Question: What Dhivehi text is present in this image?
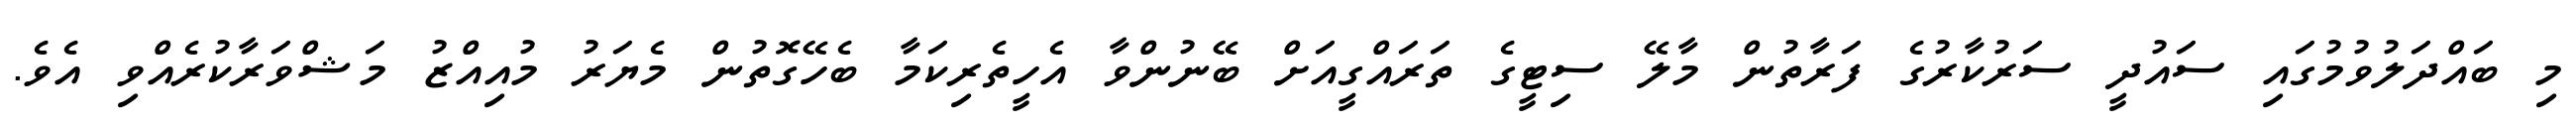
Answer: މި ބައްދަލުވުމުގައި ސައުދީ ސަރުކާރުގެ ފަރާތުން މާލޭ ސިޓީގެ ތަރައްގީއަށް ބޭނުންވާ އެހީތެރިކަމާ ބެހޭގޮތުން މެޔަރު މުއިއްޒު މަޝްވަރާކުރެއްވި އެވެ.